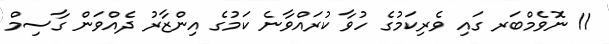
11 ނޮވެމްބަރ ގައި ވެރިކަމުގެ ހުވާ ކުރައްވާނެ ކަމުގެ އިންޒާރު ދެއްވަން ގާސިމް